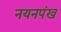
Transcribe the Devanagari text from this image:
नयनपंख